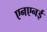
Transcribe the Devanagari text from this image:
एनएनई